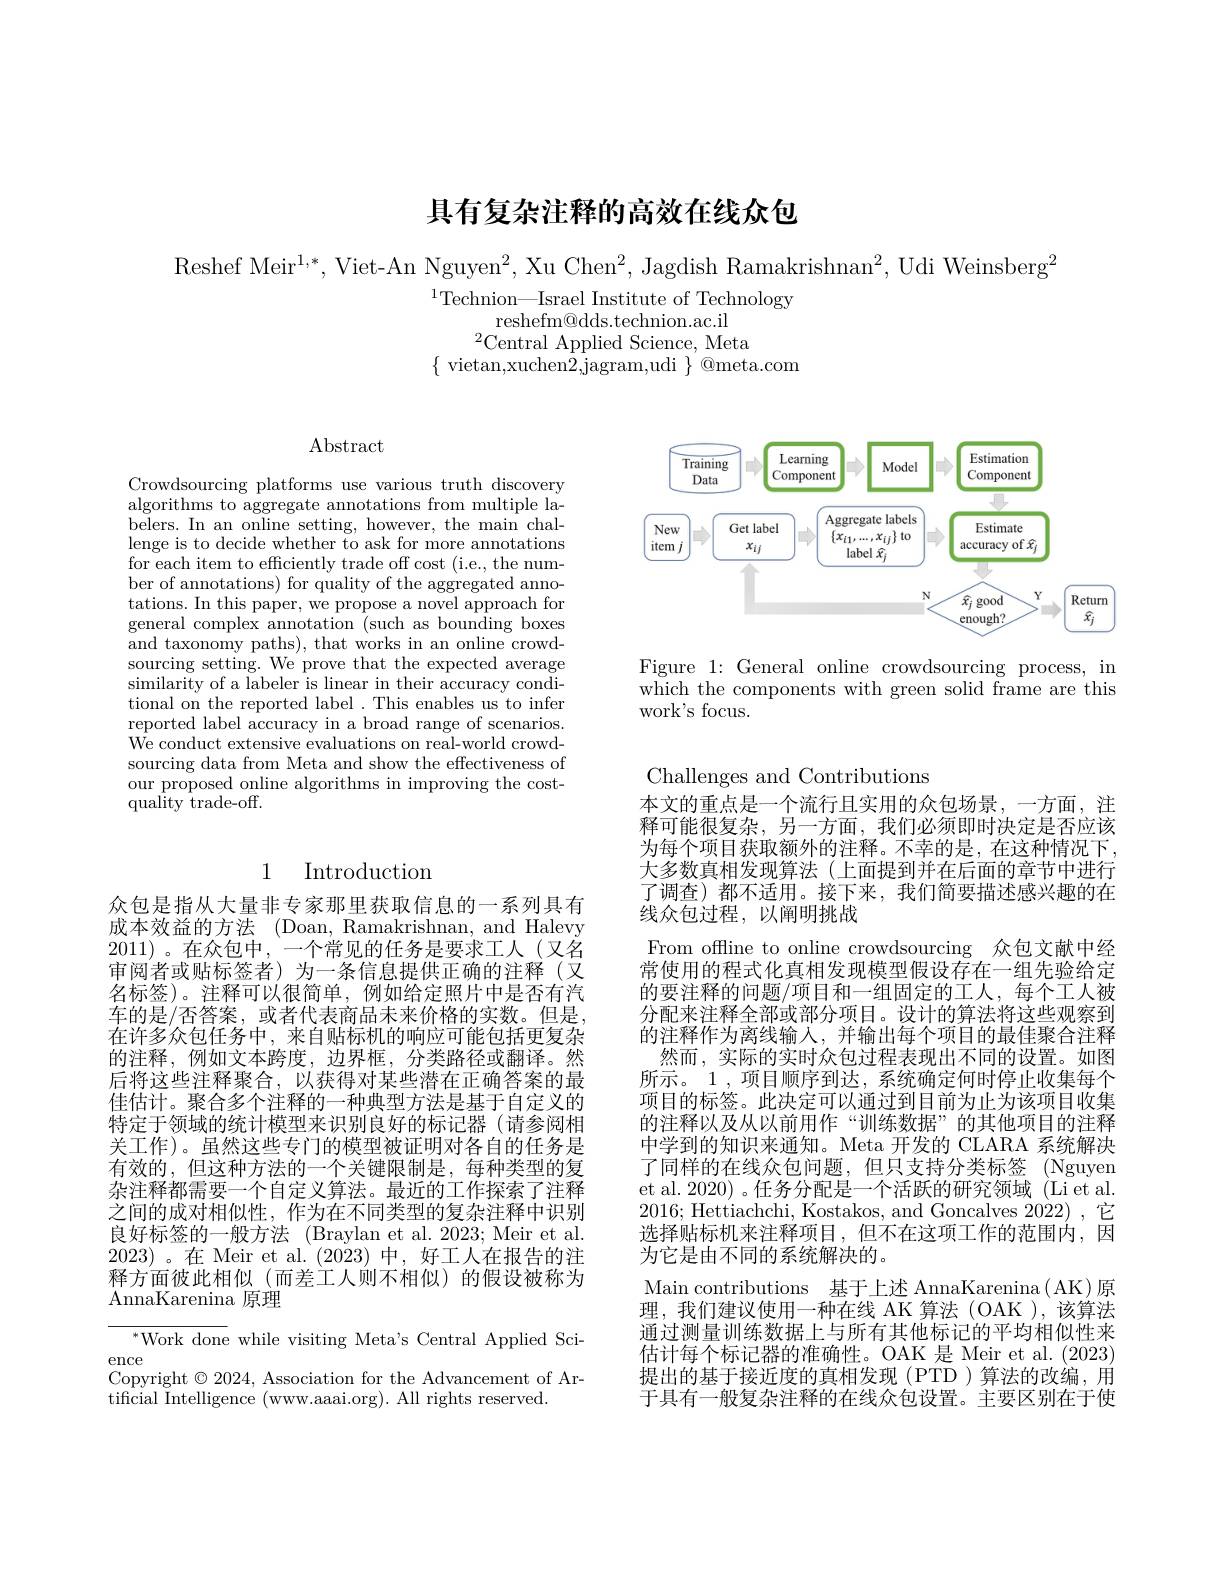
# 具有复杂注释的高效在线众包

Reshef Meir$^1,*$,Viet-An Nguyen$^2$, Xu Chen$^2$, Jagdish Ramakrishnan$^2$,Udi Weinsberg$^2$
$^{1}$Technion—Israel Institute of Technology
reshefm@dds.technion.ac.il
$^{2}$Central Applied Science, Meta
$\{$ vietan,xuchen2,jagram,udi $\}^@$meta.com

$\operatorname{Abstract}$

Crowdsourcing platforms use various truth discovery algorithms to aggregate annotations from multiple labelers. In an online setting, however, the main challenge is to decide whether to ask for more annotations for each item to efficiently trade off cost (i.e., the number of annotations) for quality of the aggregated annotations. In this paper, we propose a novel approach for general complex annotation (such as bounding boxes and taxonomy paths), that works in an online crowdsourcing setting. We prove that the expected average similarity of a labeler is linear in their accuracy conditional on the reported label . This enables us to infer reported label accuracy in a broad range of scenarios We conduct extensive evaluations on real-world crowdsourcing data from Meta and show the effectiveness of our proposed online algorithms in improving the cost- $\tilde{\text{quality trade-off.}}$

## 1 Introduction

众包是指从大量非专家那里获取信息的一系列具有成本效益的方法 (Doan, Ramakrishnan, and Halevy 2011)。在众包中，一个常见的任务是要求工人(又名审阅者或贴标签者)为一条信息提供正确的注释(又名标签)。注释可以很简单，例如给定照片中是否有汽车的是/否答案，或者代表商品未来价格的实数。但是， 在许多众包任务中，来自贴标机的响应可能包括更复杂的注释，例如文本跨度，边界框，分类路径或翻译。然后将这些注释聚合，以获得对某些潜在正确答案的最佳估计。聚合多个注释的一种典型方法是基于自定义的特定于领域的统计模型来识别良好的标记器(请参阅相关工作)。虽然这些专门的模型被证明对各自的任务是有效的，但这种方法的一个关键限制是，每种类型的复杂注释都需要一个自定义算法。最近的工作探索了注释之间的成对相似性，作为在不同类型的复杂注释中识别良好标签的一般方法 (Braylan et al. 2023; Meir et al. 2023)。在 Meir et al.(2023)中，好工人在报告的注释方面彼此相似(而差工人则不相似)的假设被称为AnnaKarenina 原理

$^{*}$Work done while visiting Meta's Central Applied Sci-
ence
Copyright $\odot2024$, Association for the Advancement of Ar-
tificial Intelligence (www.aaai.org). All rights reserved.

<FigureHere>

Figure 1: General online crowdsourcing process, in which the components with green solid frame are this work's focus.

Challenges and Contributions
本文的重点是一个流行且实用的众包场景，一方面，注释可能很复杂，另一方面，我们必须即时决定是否应该为每个项目获取额外的注释。不幸的是，在这种情况下， 大多数真相发现算法(上面提到并在后面的章节中进行了调查)都不适用。接下来，我们简要描述感兴趣的在线众包过程，以阐明挑战
From offline to online crowdsourcing 众包文献中经常使用的程式化真相发现模型假设存在一组先验给定的要注释的问题/项目和一组固定的工人，每个工人被分配来注释全部或部分项目。设计的算法将这些观察到的注释作为离线输入，并输出每个项目的最佳聚合注释
然而，实际的实时众包过程表现出不同的设置。如图所示。1,项目顺序到达，系统确定何时停止收集每个项目的标签。此决定可以通过到目前为止为该项目收集的注释以及从以前用作“训练数据”的其他项目的注释中学到的知识来通知。Meta 开发的 CLARA 系统解决了同样的在线众包问题，但只支持分类标签 (Nguyen et al. 2020) 。任务分配是一个活跃的研究领域 (Li et al. 2016;Hettiachchi, Kostakos, and Goncalves 2022) ,它选择贴标机来注释项目，但不在这项工作的范围内，因为它是由不同的系统解决的。
Main contributions 基于上述 AnnaKarenina( AK)原理，我们建议使用一种在线 AK 算法 (OAK ), 该算法通过测量训练数据上与所有其他标记的平均相似性来估计每个标记器的准确性。OAK 是 Meir et al. (2023) 提出的基于接近度的真相发现(PTD)算法的改编，用于具有一般复杂注释的在线众包设置。主要区别在于使